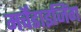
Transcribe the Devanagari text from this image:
मर्चेंडाइजिंग